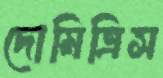
দোমিত্রিস